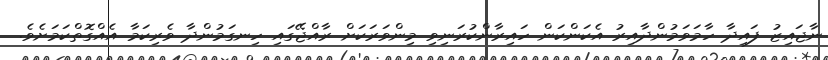
ނާޖައިޒު ފައިދާ ހާމަވަމުންދާއިިރު އެކަންކަން ހައިރާންކުރަނިވި މިންވަރަކަށް ރާއްޖޭގައި ހިނގަމުންދާ ވެރިކަމާ އެއްގޮތްކަމަށެވެ.